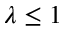
\lambda \leq 1